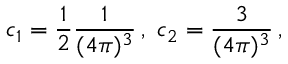
c _ { 1 } = \frac { 1 } { 2 } \frac { 1 } { ( 4 \pi ) ^ { 3 } } \, , \, \, c _ { 2 } = \frac { 3 } { ( 4 \pi ) ^ { 3 } } \, ,